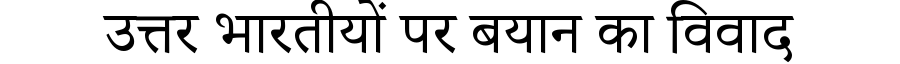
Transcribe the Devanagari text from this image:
उत्तर भारतीयों पर बयान का विवाद